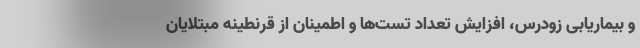
و بیماریابی زودرس، افزایش تعداد تست‌ها و اطمینان از قرنطینه مبتلایان